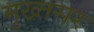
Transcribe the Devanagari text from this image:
मुख्तसर